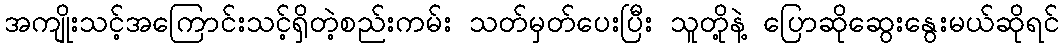
အကျိုးသင့်အကြောင်းသင့်ရှိတဲ့စည်းကမ်း သတ်မှတ်ပေးပြီး သူတို့နဲ့ ပြောဆိုဆွေးနွေးမယ်ဆိုရင်